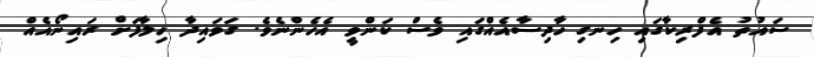
ސައުތު އެފްރިކާގައި ހިނގި ހާދިސާއެއްގައި ވެސް ކަންވީ އެހެންނެވެ. ގަވައިދާ ހިލާފަށް ރައިނޯއެއް